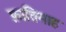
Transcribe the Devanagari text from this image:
फ़ातिमाह